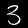
Label: 3